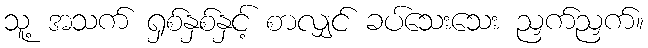
သူ့ အသက် ရှစ်နှစ်နှင့် စာလျှင် ခပ်သေးသေး ညှက်ညှက်။